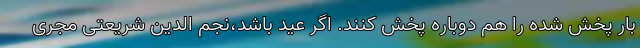
بار پخش شده را هم دوباره پخش کنند. اگر عید باشد،نجم الدین شریعتی مجری